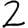
Digit: 2